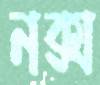
নক্স